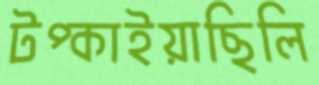
টপ্‌কাইয়াছিলি